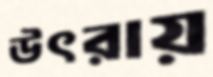
উৎরায়